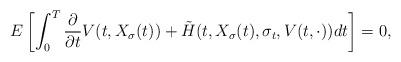
LaTeX: \begin{align*}E\left[ \int_{0}^{T} \frac{\partial}{\partial t}V(t,X_{\sigma}(t)) + \tilde{H}(t,X_{\sigma}(t),\sigma_t, V(t,\cdot))dt \right] = 0,\end{align*}